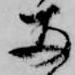
両